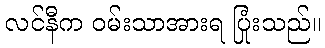
လင်နီက ဝမ်းသာအားရ ပြုံးသည်။